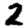
Digit: 2